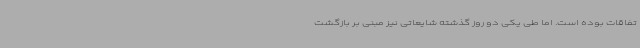
تفاقات بوده است. اما طی یکی دو روز گذشته شایعاتی نیز مبنی بر بازگشت